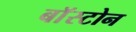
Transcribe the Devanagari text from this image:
बाॅस्टोन